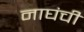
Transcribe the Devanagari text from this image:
नाघंची